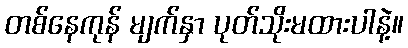
တစ်နေကုန် မျက်နှာ ပုတ်သိုးမထားပါနဲ့။